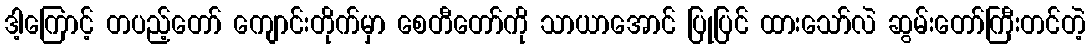
ဒါ့ကြောင့် တပည့်တော် ကျောင်းတိုက်မှာ စေတီတော်ကို သာယာအောင် ပြုပြင် ထားသော်လဲ ဆွမ်းတော်ကြီးတင်တဲ့